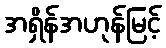
အရှိန်အဟုန်မြင့်